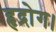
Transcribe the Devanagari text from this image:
हृद्रोग।